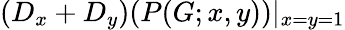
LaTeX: (D_{x}+D_{y})(P(G;x,y))|_{x=y=1}